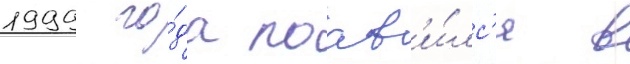
1999 го́да поав'и́лс'я в